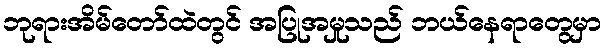
ဘုရားအိမ်တော်ထဲတွင် အပြုအမှုသည် ဘယ်နေရာတွေမှာ